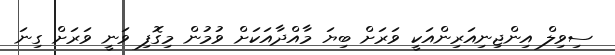
ސިވިލް އިންޖިނިއަރިންއަކީ ވަރަށް ބިޔަ މާއްދާއަކަށް ވުމުން މިގޮފި ވަނީ ވަރަށް ގިނަ